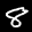
Label: 8